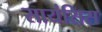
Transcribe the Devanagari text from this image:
सायंसिस